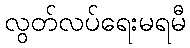
လွတ်လပ်ရေးမရမီ